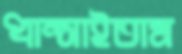
ধাম্‌সাইতাম